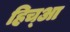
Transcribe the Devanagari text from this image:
हिच्आ